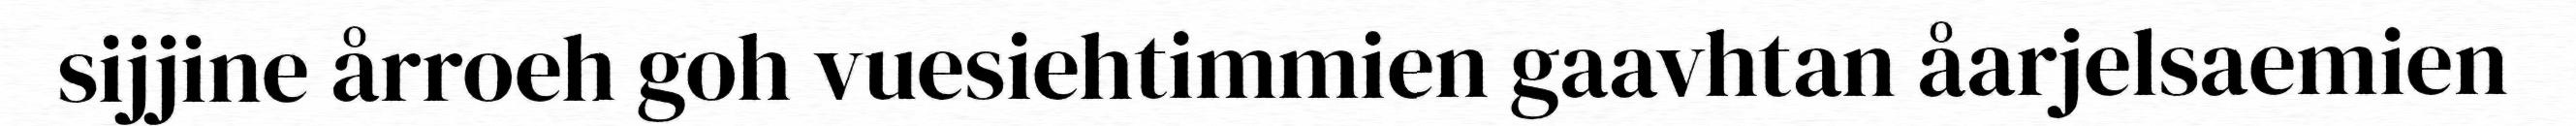
sijjine årroeh goh vuesiehtimmien gaavhtan åarjelsaemien